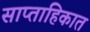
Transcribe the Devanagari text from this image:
साप्‍ताहिकात